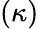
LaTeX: (\kappa)